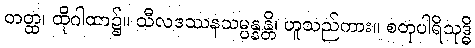
တတ္ထ၊ ထိုဂါထာ၌။ သီလဒဿနသမ္ပန္နန္တိ၊ ဟူသည်ကား။ စတုပါရိသုဒ္ဓိ